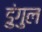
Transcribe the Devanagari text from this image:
डुंगुल